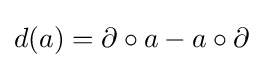
{\textstyle d(a)=\partial \circ a-a\circ \partial }